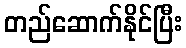
တည်ဆောက်နိုင်ပြီး